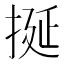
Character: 挻